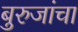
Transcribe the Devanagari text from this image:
बुरुजांचा